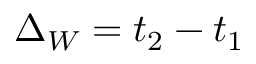
\Delta _ { W } = t _ { 2 } - t _ { 1 }